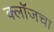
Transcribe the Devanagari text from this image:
क्लॉजचा